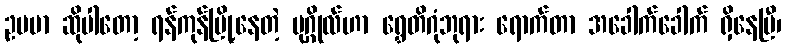
ဥပမာ ဆိုပါတော့ ရန်ကုန်မြို့နေတဲ့ ပုဂ္ဂိုလ်ဟာ ရွှေတိဂုံဘုရား ရောက်တာ အခေါက်ခေါက် ရှိနေပြီ၊